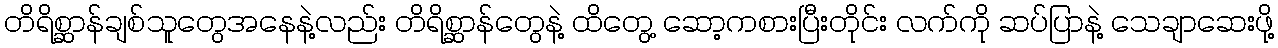
တိရိစ္ဆာန်ချစ်သူတွေအနေနဲ့လည်း တိရိစ္ဆာန်တွေနဲ့ ထိတွေ့ ဆော့ကစားပြီးတိုင်း လက်ကို ဆပ်ပြာနဲ့ သေချာဆေးဖို့